Report of the Indian Hemp Drugs Commission, 1894-1895 - Volume V
Year: 1894
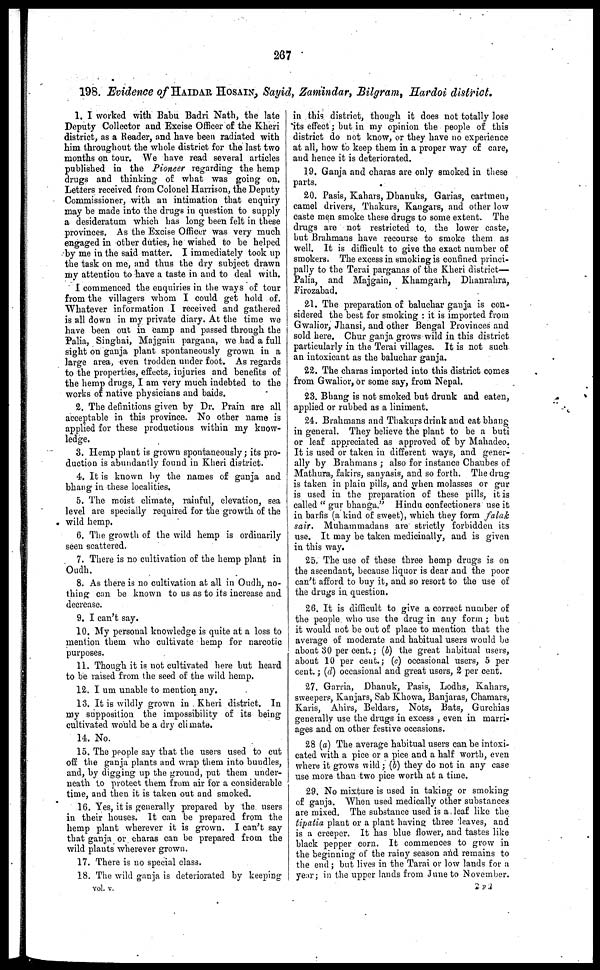
267
198. Evidence of HAIDAR HOSAIN, Sayid, Zamindar, Bilgram, Hardoi district.
1. I worked with Babu Badri Nath, the late
Deputy Collector and Excise Officer of the Kheri
district, as a Reader, and have been radiated with
him throughout the whole district for the last two
months on tour. We have read several articles
published in the Pioneer regarding the hemp
drugs and thinking of what was going on.
Letters received from Colonel Harrison, the Deputy
Commissioner, with an intimation that enquiry
may be made into the drugs in question to supply
a desideratum which has long been felt in these
provinces. As the Excise Officer was very much
engaged in other duties, he wished to be helped
by me in the said matter. I immediately took up
the task on me, and thus the dry subject drawn
my attention to have a taste in and to deal with.
I commenced the enquiries in the ways of tour
from the villagers whom I could get hold of.
Whatever information I received and gathered
is all down in my private diary. At the time we
have been out in camp and passed through the
Palia, Singhai, Majgain pargana, we had a full
sight on ganja plant spontaneously grown in a
large area, even trodden under foot. As regards
to the properties, effects, injuries and benefits of
the hemp drugs, I am very much indebted to the
works of native physicians and baids.
2. The definitions given by Dr. Prain are all
acceptable in this province. No other name is
applied for these productions within my know-
ledge.
3. Hemp plant is grown spontaneously ; its pro-
duction is abundantly found in Kheri district.
4. It is known by the names of ganja and
bhang in these localities.
5. The moist climate, rainful, elevation, sea
level are specially required for the growth of the
wild hemp.
6. The growth of the wild hemp is ordinarily
seen scattered.
7. There is no cultivation of the hemp plant in
Oudh.
8. As there is no cultivation at all in Oudh, no-
thing can be known to us as to its increase and
decrease.
9. I can't say.
10. My personal knowledge is quite at a loss to
mention them who cultivate hemp for narcotic
purposes.
11. Though it is not cultivated here but heard
to be raised from the seed of the wild hemp.
12. I um unable to mention any.
13. It is wildly grown in Kheri district. In
my supposition the impossibility of its being
cultivated would be a dry climate.
14. No.
15. The people say that the users used to cut
off the ganja plants and wrap them into bundles,
and, by digging up the ground, put them under-
neath to protect them from air for a considerable
time, and then it is taken out and smoked.
16. Yes, it is generally prepared by the users
in their houses. It can be prepared from the
hemp plant wherever it is grown. I can't say
that ganja or charas can be prepared from the
wild plants wherever grown.
17. There is no special class.
18. The wild ganja is deteriorated by keeping
in this district, though it does not totally lose
its effect ; but in my opinion the people of this
district do not know, or they have no experience
at all, how to keep them in a proper way of care,
and hence it is deteriorated.
19. Ganja and charas are only smoked in these
parts.
20. Pasis, Kahars, Dhanuks, Garias, cartmen,
camel drivers, Thakurs, Kan gars, and other low
caste men smoke these drugs to some extent. The
drugs are not restricted to the lower caste,
but Brahmans have recourse to smoke them as
well. It is difficult to give the exact number of
smokers. The excess in smoking is confined princi-
pally to the Terai parganas of the Kheri district—
Palia, and Majgain, Khamgarh, Dhanrahra,
Firozabad.
21. The preparation of baluchar ganja is con-
sidered the best for smoking : it is imported from
Gwalior, Jhansi, and other Bengal Provinces and
sold here. Chur ganja grows wild in this district
particularly in the Terai villages. It is not such
an intoxicant as the baluchar ganja.
22. The charas imported into this district comes
from Gwalior, or some say, from Nepal.
23. Bhang is not smoked but drunk and eaten,
applied or rubbed as a liniment.
24. Brahmans and Thakurs drink and eat bhang
in general. They believe the plant to be a buti
or leaf appreciated as approved of by Mahadeo.
It is used or taken in different ways, and gener-
ally by Brahmans ; also for instance Chaubes of
Mathura, fakirs, sanyasis, and so forth. The drug
is taken in plain pills, and when molasses or gur
is used in the preparation of these pills, it is
called "gur bhanga." Hindu confectioners use it
in barfis (a kind of sweet), which they form falak
sair. Muhammadans are strictly forbidden its
use. It may be taken medicinally, and is given
in this way.
25. The use of these three hemp drugs is on
the ascendant, because liquor is dear and the poor
can't afford to buy it, and so resort to the use of
the drugs in question.
26. It is difficult to give a correct number of
the people who use the drug in any form ; but
it would not be out of place to mention that the
average of moderate and habitual users would be
about 30 per cent. ; (b) the great habitual users,
about 10 per cent.; (c) occasional users, 5 per
cent.; (d) occasional and great users, 2 per cent.
27. Garria, Dhanuk, Pasis, Lodhs, Kahars,
sweepers, Kanjars, Sab Khowa, Banjaras, Chamars,
Karis, Ahirs, Beldars, Nots, Bats, Gurchias
generally use the drugs in excess , even in marri-
ages and on other festive occasions.
28 (a) The average habitual users can be intoxi-
cated with a pice or a pice and a half worth, even
where it grows wild ; (b) they do not in any case
use more than two pice worth at a time.
29. No mixture is used in taking or smoking
of ganja. When used medically other substances
are mixed. The substance used is a leaf like the
tipatia plant or a plant having three leaves, and
is a creeper. It has blue flower, and tastes like
black pepper corn. It commences to grow in
the beginning of the rainy season and remains to
the end ; but lives in the Tarai or low lands for a
year; in the upper lands from June to November.
vol. v.
2 P 2